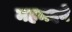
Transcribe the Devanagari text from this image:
महमदने